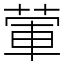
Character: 葷